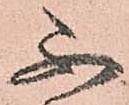
不